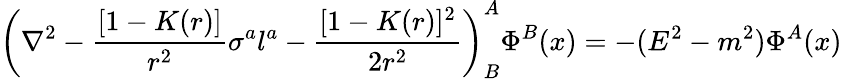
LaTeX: \left(\nabla^{2}-{\frac{[1-K(r)]}{r^{2}}}\sigma^{a}l^{a}-{\frac{[1-K(r)]^{2}}{2r^{2}}}\right)_{B}^{A}\Phi^{B}(x)=-(E^{2}-m^{2})\Phi^{A}(x)